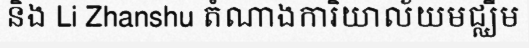
និង Li Zhanshu តំណាងការិយាល័យមជ្ឈឹម